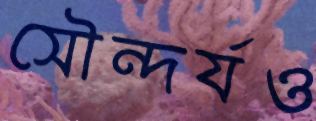
সৌন্দর্যও